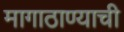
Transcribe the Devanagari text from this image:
मागाठाण्याची